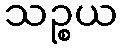
သဉ္စယ